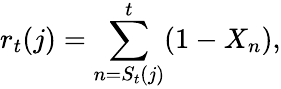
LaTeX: r_{t}(j)=\sum_{n=S_{t}(j)}^{t}(1-X_{n}),